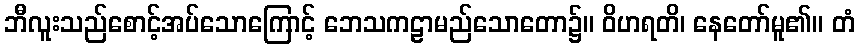
ဘီလူးသည်စောင့်အပ်သောကြောင့် ဘေသကဠာမည်သောတော၌။ ဝိဟရတိ၊ နေတော်မူ၏။ တံ